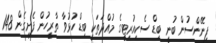
ފިނޭންސުން ބުނީ ބިޑް ސެކިއުރިޓީގެ މުއްދަތަކީ ބިޑް ހުޅުވާ ތާރީހުން ފެށިގެން 148